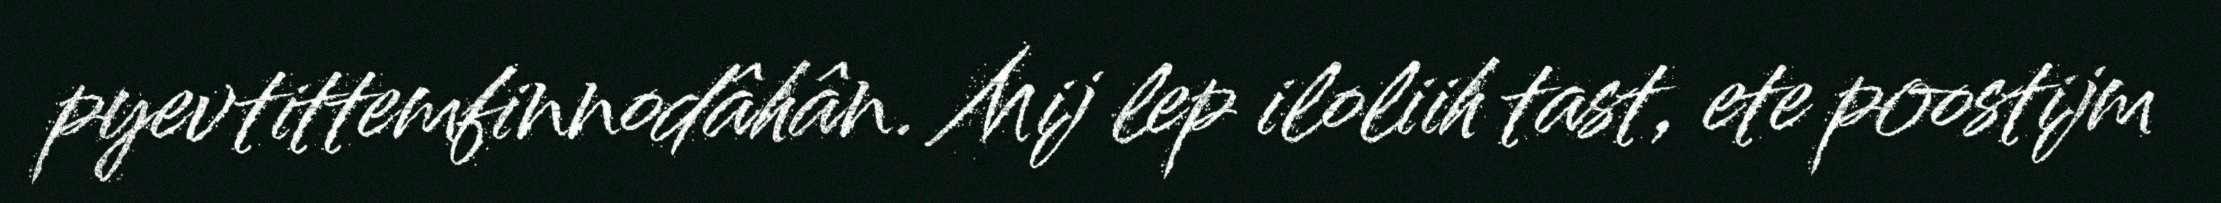
pyevtittemfinnodâhân. Mij lep iloliih tast, ete poostijm